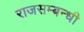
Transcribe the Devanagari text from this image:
राजसम्बन्धी